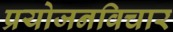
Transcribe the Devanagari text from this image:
प्रयोजनविचार